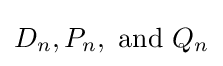
D_{n},P_{n},{\text{ and }}Q_{n}